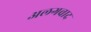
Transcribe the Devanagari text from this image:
अलगवाद